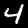
Digit: 4